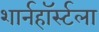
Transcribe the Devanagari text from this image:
शार्नहॉर्स्टला